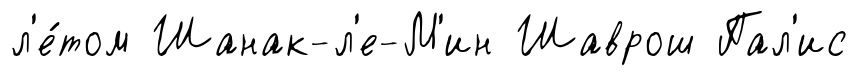
л'е́том Шанак-л'е-М'ин Шаврош Пал'ис